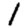
Digit: 1